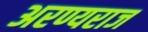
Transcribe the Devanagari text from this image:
अरण्यराज